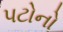
પટોનો